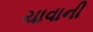
ચાવાની